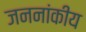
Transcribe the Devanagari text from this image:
जननांकीय